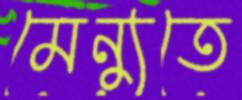
মেন্যুতে